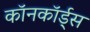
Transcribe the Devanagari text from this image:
कॉनकॉर्ड्स